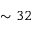
\sim 3 2